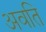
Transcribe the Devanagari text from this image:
अवति